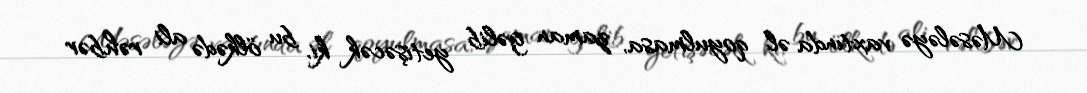
Məsələyə vaxtında əl qoyulmasa, zaman gəlib yetişəcək ki, bu ölkədə ali rəhbər